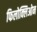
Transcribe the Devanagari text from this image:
फिलोक्लिओन